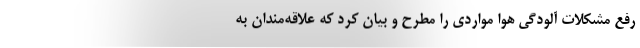
رفع مشکلات آلودگی هوا مواردی را مطرح و بیان کرد که علاقه‌مندان به